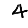
Digit: 4